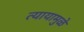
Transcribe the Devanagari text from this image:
त्यायामुळे